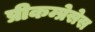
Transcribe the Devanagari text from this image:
प्रीकम्प्रेसेस